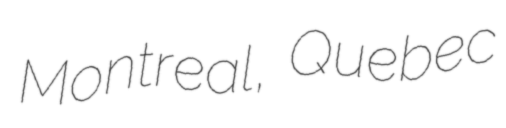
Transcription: Montreal, Quebec